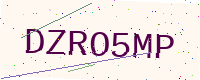
Text: DZRO5MP